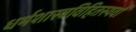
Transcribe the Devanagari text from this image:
धर्मशास्त्रविहितस्यर्वा